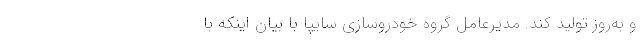
و به‌روز تولید کند. مدیرعامل گروه خودروسازی سایپا با بیان اینکه با